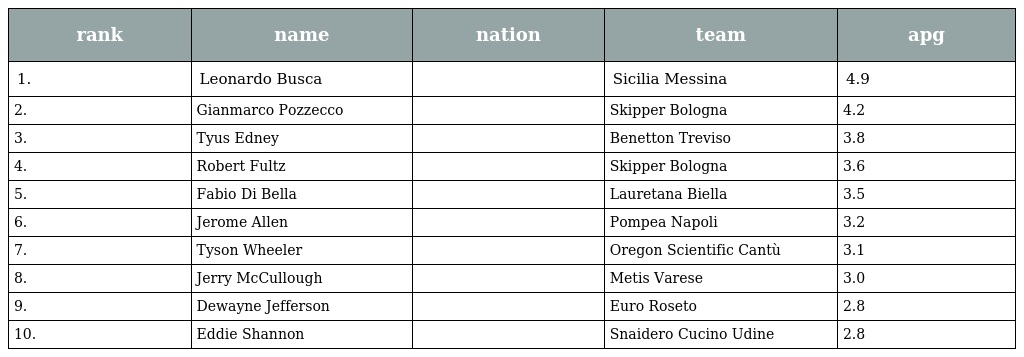
| rank | name | nation | team | apg |
 | --- | --- | --- | --- | --- |
 | 1. | Leonardo Busca |  | Sicilia Messina | 4.9 |
 | 2. | Gianmarco Pozzecco |  | Skipper Bologna | 4.2 |
 | 3. | Tyus Edney |  | Benetton Treviso | 3.8 |
 | 4. | Robert Fultz |  | Skipper Bologna | 3.6 |
 | 5. | Fabio Di Bella |  | Lauretana Biella | 3.5 |
 | 6. | Jerome Allen |  | Pompea Napoli | 3.2 |
 | 7. | Tyson Wheeler |  | Oregon Scientific Cantù | 3.1 |
 | 8. | Jerry McCullough |  | Metis Varese | 3.0 |
 | 9. | Dewayne Jefferson |  | Euro Roseto | 2.8 |
 | 10. | Eddie Shannon |  | Snaidero Cucino Udine | 2.8 |